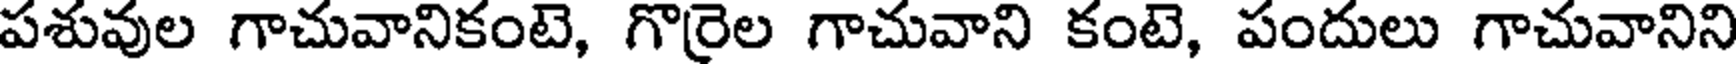
పశువుల గాచువానికంటె, గొరైల గాచువాని కంటె, పందులు గాచువానిని